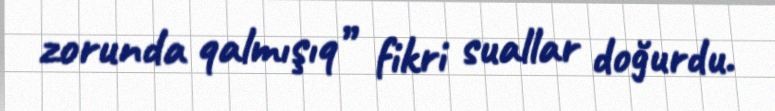
zorunda qalmışıq” fikri suallar doğurdu.